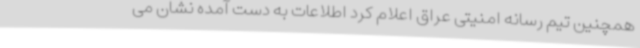
همچنین تیم رسانه امنیتی عراق اعلام کرد اطلاعات به دست آمده نشان می